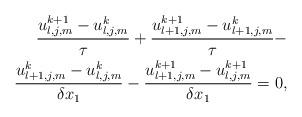
LaTeX: \begin{align*} \frac{ u_{l,j,m}^{k+1} - u_{l,j,m}^k}{\tau} + \frac{ u_{l+1,j,m}^{k+1} - u_{l+1,j,m}^k}{\tau} - \\ \frac{ u_{l+1,j,m}^{k} - u_{l,j,m}^k}{ \delta x_1} - \frac{ u_{l+1,j,m}^{k+1} - u_{l,j,m}^{k+1}}{ \delta x_1} = 0,\end{align*}